Oru_vallavalitsus, lk 13
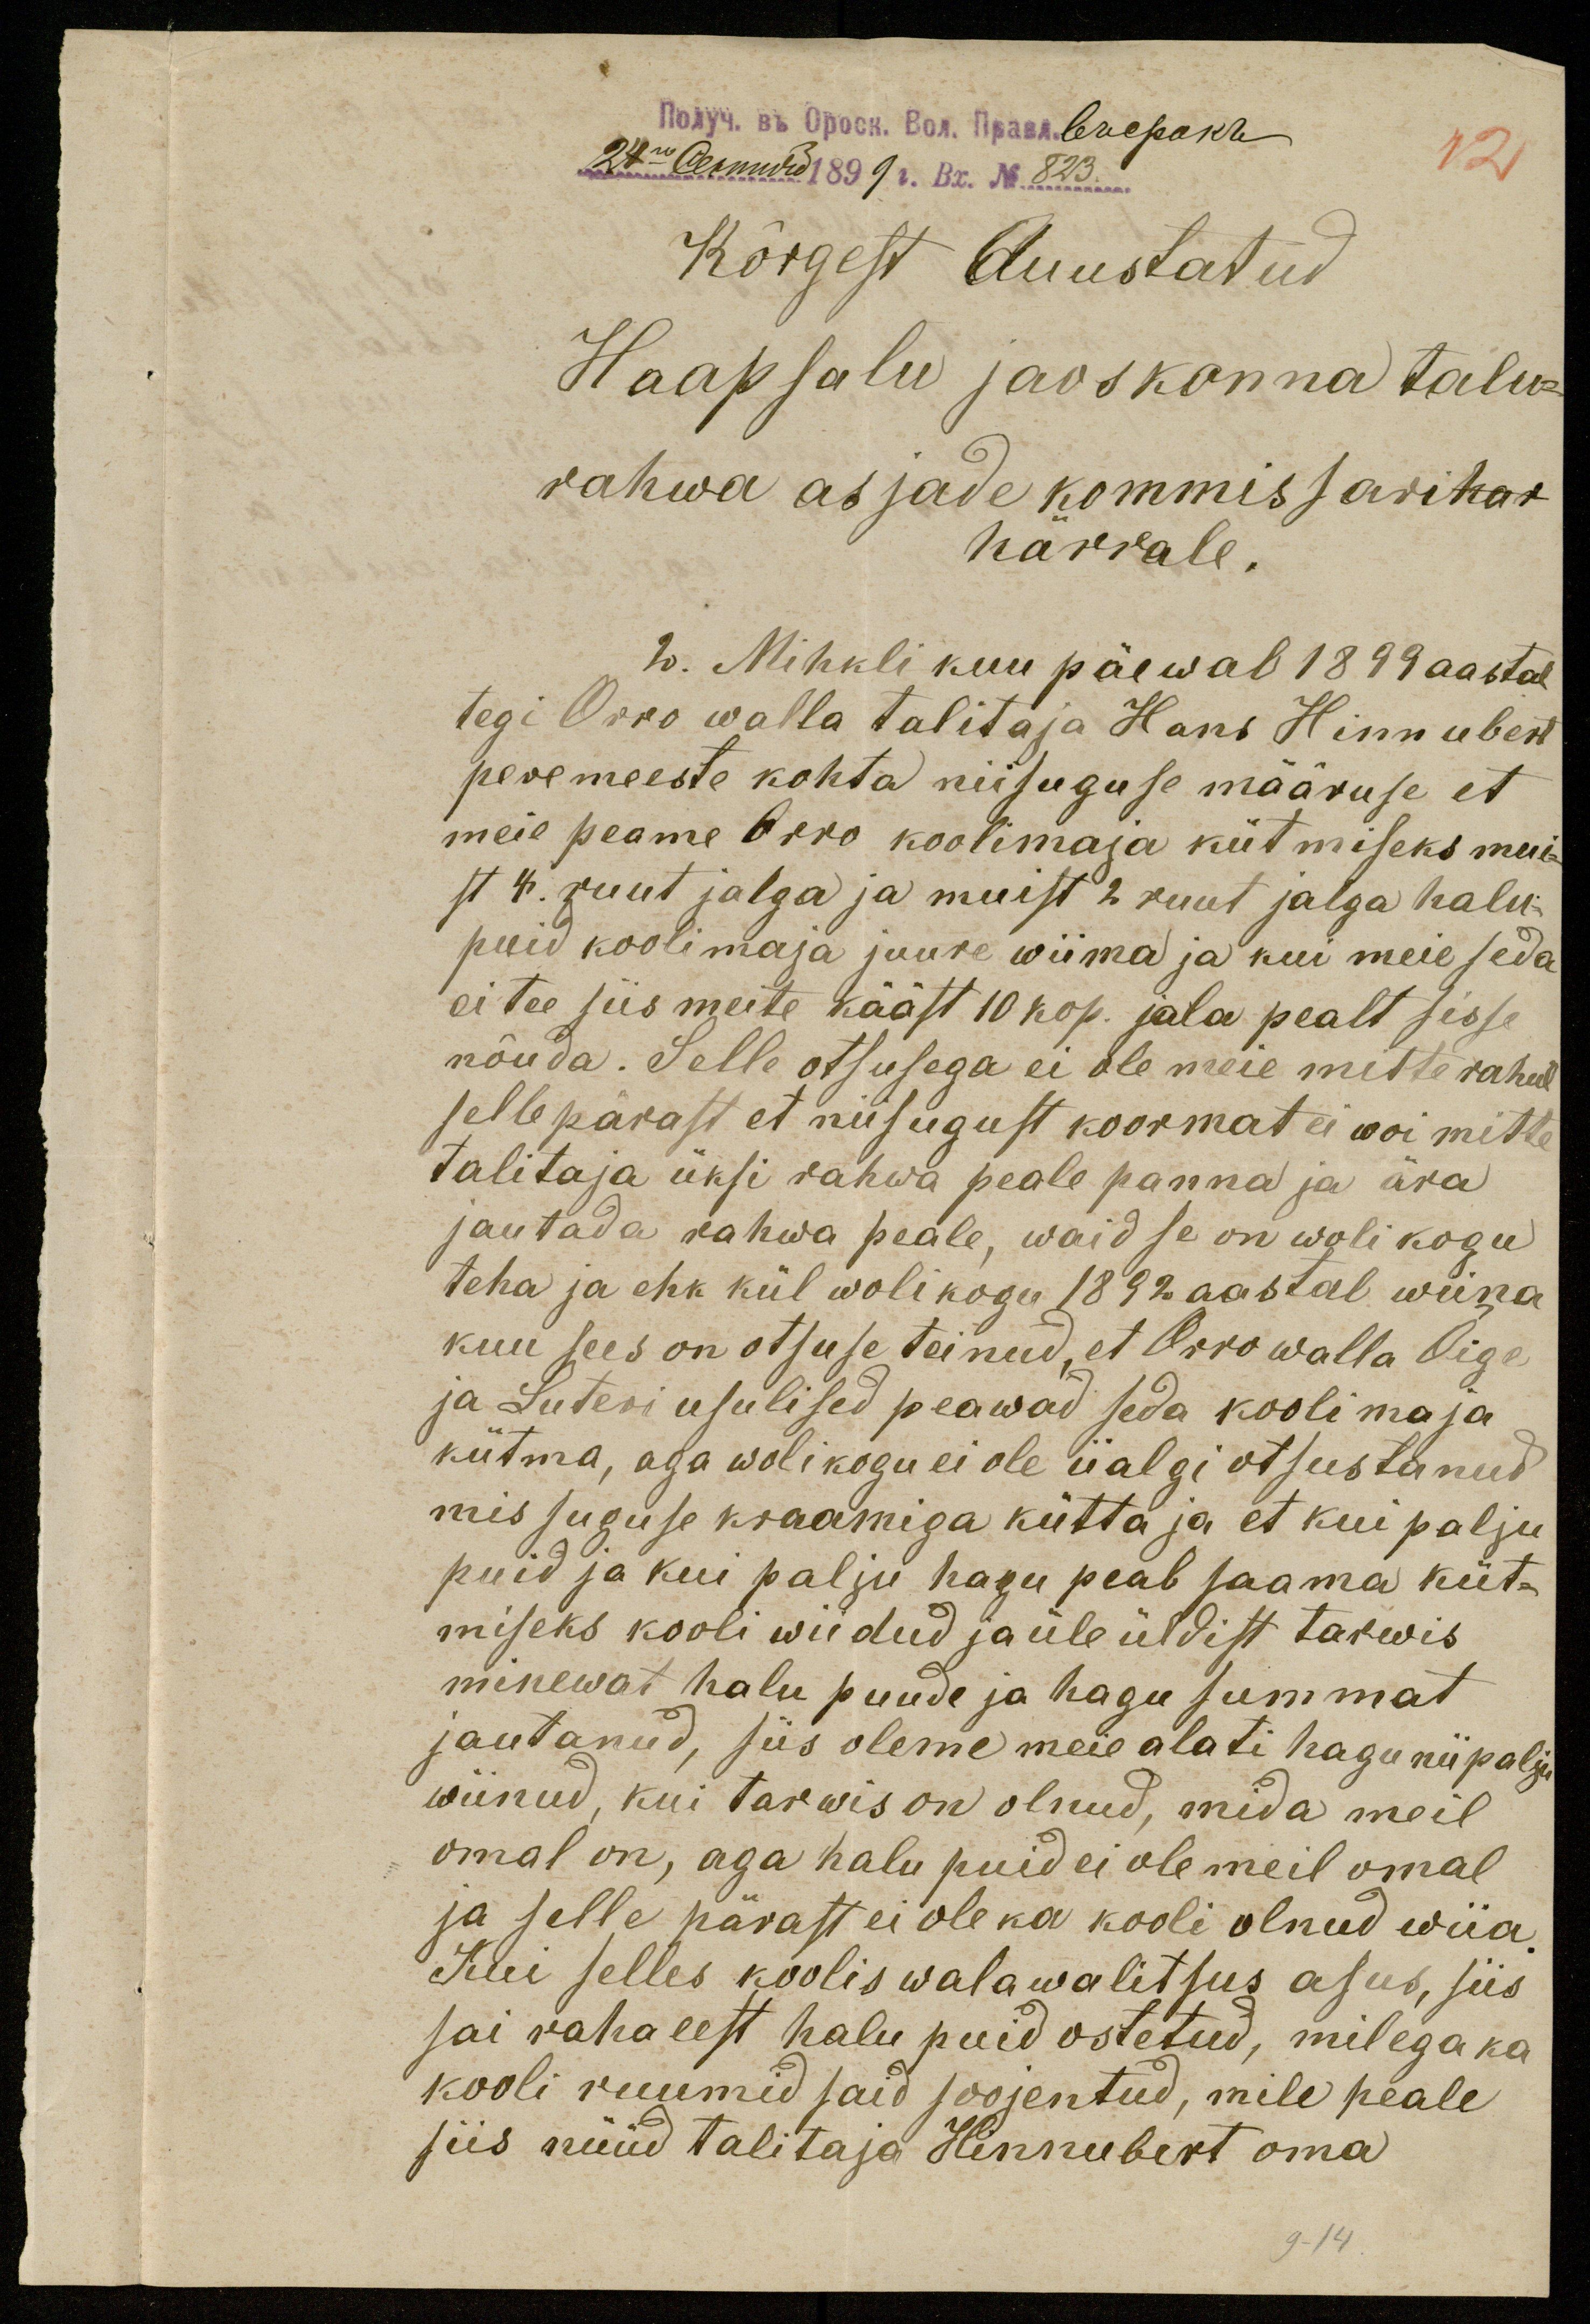
Kõrgest Auustatud
Haapsalu jaoskonna talu-
rahwa asjade kommissarihar
härrale.
2. Mihkli kuu päewal 1899 aastal
tegi Orro walla talitaja Hans Hinnubert
peremeeste kohta niisuguse määruse et
meie peame Orro koolimaja kütmiseks mui-
st 4. ruut jalga ja muist 2 ruut jalga halu-
puid koolimaja juure wiima ja kui meie seda
ei tee siis meite kääst 10 kop. jala pealt sisse
nõuda. Selle otsusega ei ole meie mitte rahul
selle pärast et niisugust koormat ei woi mitte
talitaja üksi rahwa peale panna ja ära
jautada rahwa peale, waid se on woli kogu
teha ja ehk kül wolikogu 1892 aastal wiina
kuu sees on otsuse teinud, et Orro walla Õige
ja Luteri usulised peawad seda kooli maja
kütma, aga wolikogu ei ole iialgi otsustanud
mis suguse kraamiga kütta ja et kui palju
puid ja kui palju hagu peab saama küt-
miseks kooli wiidud ja üle üldist tarwis
minewat halu puude ja hagu summat
jautanud, siis oleme meie alati hagu nii palju
wiinud, kui tarwis on olnud, mida meil
omal on, aga halu puid ei ole meil omal
ja selle pärast ei ole ka kooli olnud wiia.
Kui selles koolis walawalitsus asus, siis
sai raha eest halu puid ostetud, millega ka
kooli ruumid said soojentud, mile peale
siis nüüd talitaja Hennubert oma